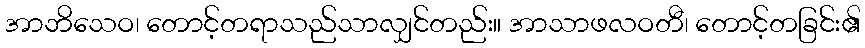
အာဘိသေဝ၊ တောင့်တရာသည်သာလျှင်တည်း။ အာသာဖလဝတီ၊ တောင့်တခြင်း၏